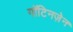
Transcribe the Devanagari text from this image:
गॉटिनज़ेन